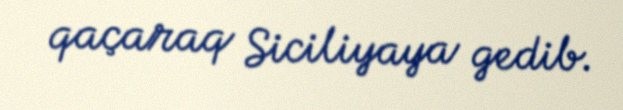
qaçaraq Siciliyaya gedib.